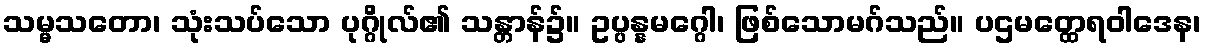
သမ္မသတော၊ သုံးသပ်သော ပုဂ္ဂိုလ်၏ သန္တာန်၌။ ဥပ္ပန္နမဂ္ဂေါ၊ ဖြစ်သောမဂ်သည်။ ပဌမတ္ထေရဝါဒေန၊